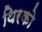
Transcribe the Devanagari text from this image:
थिरको